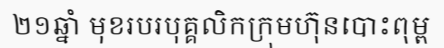
២១ឆ្នាំ មុខរបរបុគ្គលិកក្រុមហ៊ុនបោះពុម្ព